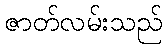
ဇာတ်လမ်းသည်